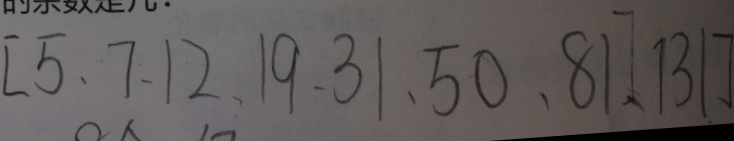
[ 5 、 7 、 1 2 、 1 9 、 3 1 、 5 0 、 8 1 ] 、 1 3 1 ]